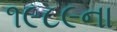
૧૯૮૯ના